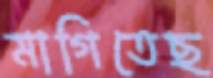
মাগিতেছ